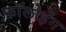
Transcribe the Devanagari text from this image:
फाॅलोइंग